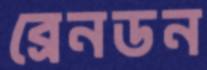
ব্রেনডন